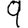
Digit: 9